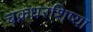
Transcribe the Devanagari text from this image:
चक्रधरशिष्या